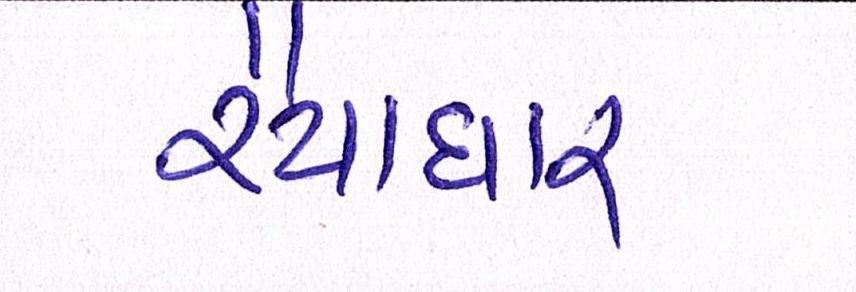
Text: રૈયાધાર